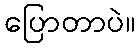
ပြောတာပဲ။